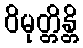
ဝိမုတ္တိန္တိ